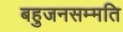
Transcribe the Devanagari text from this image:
बहुजनसम्मति